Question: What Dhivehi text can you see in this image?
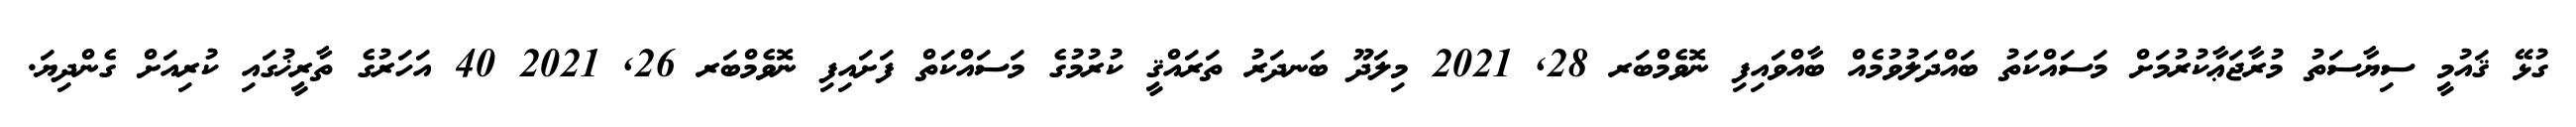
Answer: ގުޅޭ ޤައުމީ ސިޔާސަތު މުރާޖަޢާކުރުމަށް މަސައްކަތު ބައްދަލުވުމެއް ބާއްވައިފި ނޮވެމްބަރ 28, 2021 މިލަދޫ ބަނދަރު ތަރައްޤީ ކުރުމުގެ މަސައްކަތް ފަށައިފި ނޮވެމްބަރ 26, 2021 40 އަހަރުގެ ތާރީޚުގައި ކުރިއަށް ގެންދިޔަ.